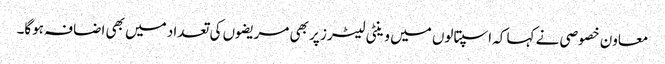
معاون خصوصی نے کہا کہ اسپتالوں میں وینٹی لیٹرز پر بھی مریضوں کی تعداد میں بھی اضافہ ہوگا۔